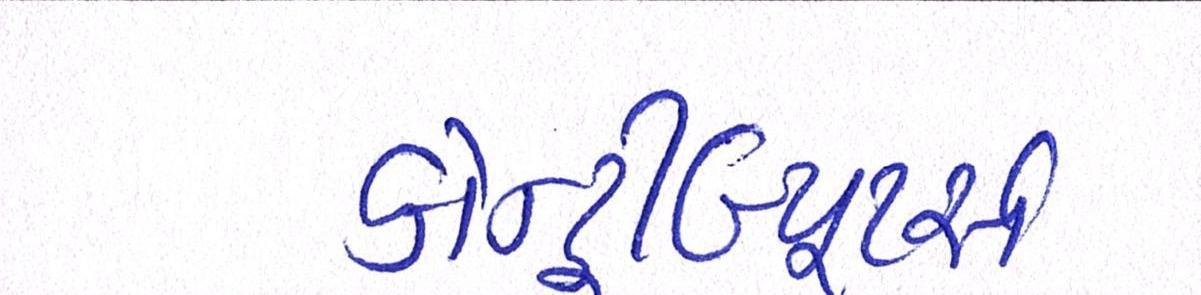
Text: કોન્ટ્રીબ્યૂટર્સઃ